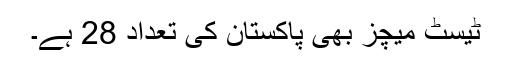
ٹیسٹ میچز بھی پاکستان کی تعداد 28 ہے۔